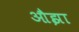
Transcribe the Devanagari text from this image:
औझा